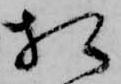
相